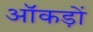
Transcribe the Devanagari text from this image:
ऑकड़ों